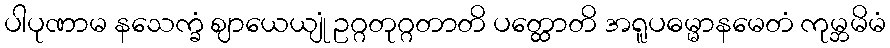
ပါပုဏာမ နသေက္ခံ ဈာယေယျုံ ဥဂ္ဂတုဂ္ဂတာတိ ပတ္ထောတိ အရူပဓမ္မာနမေတံ ကုမ္ဘမိမံ